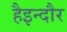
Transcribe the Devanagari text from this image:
हैइन्दौर